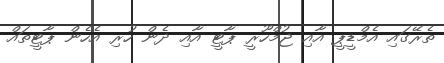
ތެރޭގައި އެމްޑީޕީ އާއި ޖުމްހޫރީ ޕާޓީ އާއި ދެން ހުރި އެހެން ޕާޓީތައް